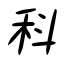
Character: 科